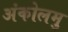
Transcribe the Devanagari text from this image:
अंकोलमु